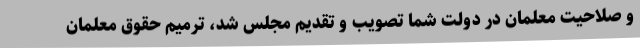
و صلاحیت معلمان در دولت شما تصویب و تقدیم مجلس شد، ترمیم حقوق معلمان